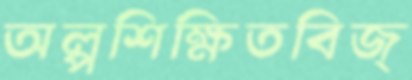
অল্পশিক্ষিতবিজ্